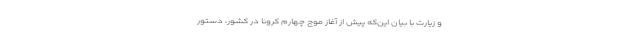
و زیارت با بیان این‌که پیش از آغاز موج چهارم کرونا در کشور، دستور